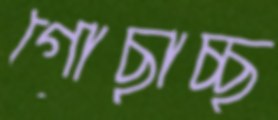
গোছাচ্ছ